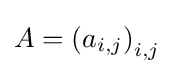
A=\left(a_{i,j}\right)_{i,j}